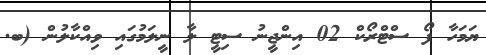
ޔަމަހާ ފޯ ސްޓްރޯކް 02 އިންޖީނު ސިޓީ ލާ ނީލަމުގައި ވިއްކާލުން (ބ.